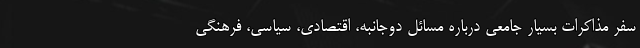
سفر مذاکرات بسیار جامعی درباره مسائل دوجانبه، اقتصادی، سیاسی، فرهنگی